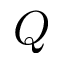
Q